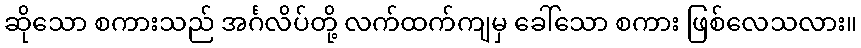
ဆိုသော စကားသည် အင်္ဂလိပ်တို့ လက်ထက်ကျမှ ခေါ်သော စကား ဖြစ်လေသလား။